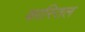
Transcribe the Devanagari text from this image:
कास्तिल